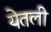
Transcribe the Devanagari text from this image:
येतली